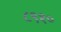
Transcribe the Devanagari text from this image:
८९१०